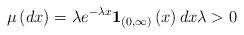
LaTeX: \begin{align*}\mu \left( dx\right) =\lambda e^{-\lambda x}\mathbf{1}_{\left( 0,\infty\right) }\left( x\right) dx\lambda >0 \end{align*}